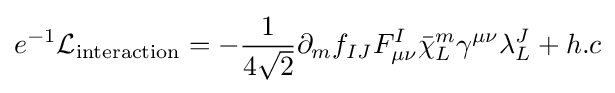
e^{-1}{\mathcal {L}}_{\text{interaction}}=-{\frac {1}{4{\sqrt {2}}}}\partial _{m}f_{IJ}F_{\mu \nu }^{I}{\bar {\chi }}_{L}^{m}\gamma ^{\mu \nu }\lambda _{L}^{J}+h.c